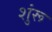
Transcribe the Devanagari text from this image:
शुंरू